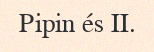
Pipin és II.